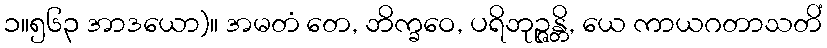
၁။၅၆၃ အာဒယော)။ အမတံ တေ, ဘိက္ခဝေ, ပရိဘုဉ္ဇန္တိ, ယေ ကာယဂတာသတိံ